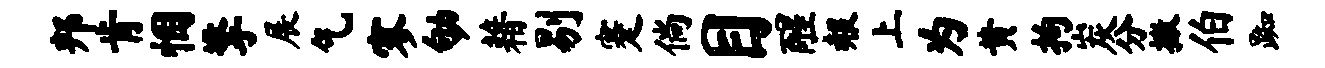
邦肯悃擎展乞寥劬藉剔蹇倘目醒赧上为黄拘炭分撒伯踟